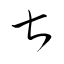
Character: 甚